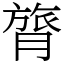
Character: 膂